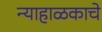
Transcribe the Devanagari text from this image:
न्याहाळकाचे